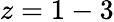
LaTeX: z=1-3